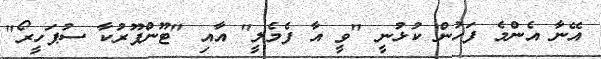
އޭނާ އެންމެ ފަހުން ކުޅުނީ "ވީ އާ ފެމެލީ" އާއި "ޓޫންޕޫރުކާ ސުޕަހީރޯ"